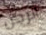
الرجل